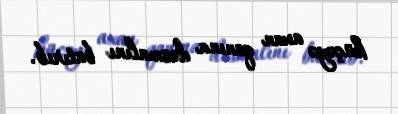
küçəyə axan qanına dəsmalını batırıb.